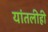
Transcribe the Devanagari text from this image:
यांतलीही